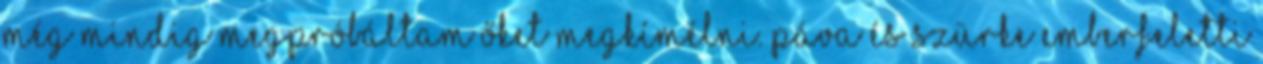
még mindig megpróbáltam őket megkímélni. Páva és Szürke emberfeletti